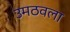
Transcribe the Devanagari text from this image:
उमठवला